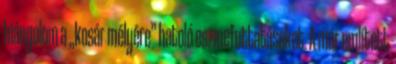
hiányolom a „kosár mélyére” hatoló eszmefuttatásokat. A már említett